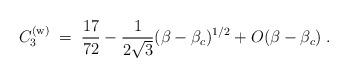
LaTeX: \begin{align*}C_3^{({\rm w})}\;=\; {17\over 72}-{1\over 2\sqrt{3}}(\beta-\beta_c)^{1/2}+O(\beta-\beta_c)\;.\end{align*}